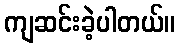
ကျဆင်းခဲ့ပါတယ်။